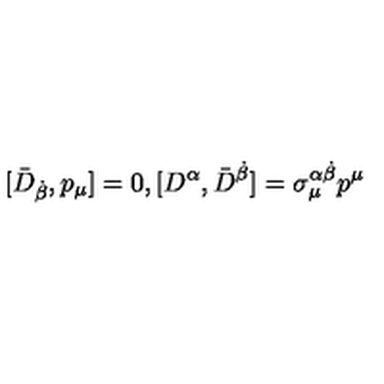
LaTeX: [ \bar { D } _ { \dot { \beta } } , p _ { \mu } ] = 0 , [ D ^ { \alpha } , \bar { D } ^ { \dot { \beta } } ] = \sigma _ { \mu } ^ { \alpha \dot { \beta } } p ^ { \mu }